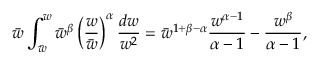
\bar { w } \int _ { \bar { w } } ^ { w } \bar { w } ^ { \beta } \left( { \frac { w } { \bar { w } } } \right) ^ { \alpha } { \frac { d w } { w ^ { 2 } } } = \bar { w } ^ { 1 + \beta - \alpha } { \frac { w ^ { \alpha - 1 } } { \alpha - 1 } } - { \frac { w ^ { \beta } } { \alpha - 1 } } ,